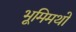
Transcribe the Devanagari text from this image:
भूमिमथो